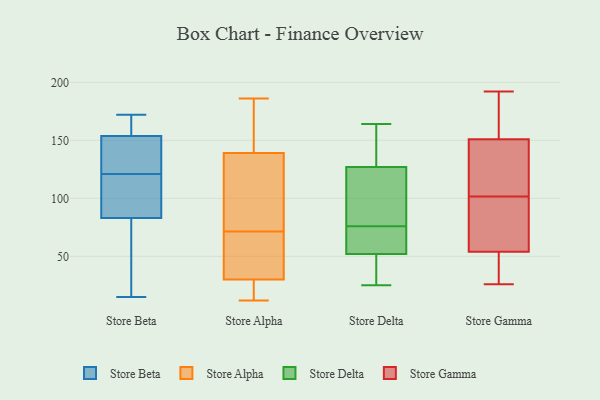
{"axis": {"x": "Operating Costs (USD K)", "y": "Value"}, "legend": ["Store Alpha", "Store Beta", "Store Delta", "Store Gamma"], "data": [{"x": "", "y": 83, "type": "Store Beta"}, {"x": "", "y": 134, "type": "Store Beta"}, {"x": "", "y": 79, "type": "Store Beta"}, {"x": "", "y": 121, "type": "Store Beta"}, {"x": "", "y": 151, "type": "Store Beta"}, {"x": "", "y": 83, "type": "Store Beta"}, {"x": "", "y": 98, "type": "Store Beta"}, {"x": "", "y": 122, "type": "Store Beta"}, {"x": "", "y": 162, "type": "Store Beta"}, {"x": "", "y": 170, "type": "Store Beta"}, {"x": "", "y": 88, "type": "Store Beta"}, {"x": "", "y": 15, "type": "Store Beta"}, {"x": "", "y": 172, "type": "Store Beta"}, {"x": "", "y": 139, "type": "Store Alpha"}, {"x": "", "y": 182, "type": "Store Alpha"}, {"x": "", "y": 127, "type": "Store Alpha"}, {"x": "", "y": 79, "type": "Store Alpha"}, {"x": "", "y": 16, "type": "Store Alpha"}, {"x": "", "y": 154, "type": "Store Alpha"}, {"x": "", "y": 12, "type": "Store Alpha"}, {"x": "", "y": 30, "type": "Store Alpha"}, {"x": "", "y": 115, "type": "Store Alpha"}, {"x": "", "y": 117, "type": "Store Alpha"}, {"x": "", "y": 147, "type": "Store Alpha"}, {"x": "", "y": 31, "type": "Store Alpha"}, {"x": "", "y": 12, "type": "Store Alpha"}, {"x": "", "y": 35, "type": "Store Alpha"}, {"x": "", "y": 186, "type": "Store Alpha"}, {"x": "", "y": 64, "type": "Store Alpha"}, {"x": "", "y": 26, "type": "Store Alpha"}, {"x": "", "y": 51, "type": "Store Alpha"}, {"x": "", "y": 107, "type": "Store Delta"}, {"x": "", "y": 52, "type": "Store Delta"}, {"x": "", "y": 127, "type": "Store Delta"}, {"x": "", "y": 61, "type": "Store Delta"}, {"x": "", "y": 65, "type": "Store Delta"}, {"x": "", "y": 25, "type": "Store Delta"}, {"x": "", "y": 87, "type": "Store Delta"}, {"x": "", "y": 133, "type": "Store Delta"}, {"x": "", "y": 36, "type": "Store Delta"}, {"x": "", "y": 164, "type": "Store Delta"}, {"x": "", "y": 41, "type": "Store Gamma"}, {"x": "", "y": 173, "type": "Store Gamma"}, {"x": "", "y": 128, "type": "Store Gamma"}, {"x": "", "y": 141, "type": "Store Gamma"}, {"x": "", "y": 151, "type": "Store Gamma"}, {"x": "", "y": 160, "type": "Store Gamma"}, {"x": "", "y": 114, "type": "Store Gamma"}, {"x": "", "y": 55, "type": "Store Gamma"}, {"x": "", "y": 47, "type": "Store Gamma"}, {"x": "", "y": 80, "type": "Store Gamma"}, {"x": "", "y": 152, "type": "Store Gamma"}, {"x": "", "y": 192, "type": "Store Gamma"}, {"x": "", "y": 54, "type": "Store Gamma"}, {"x": "", "y": 117, "type": "Store Gamma"}, {"x": "", "y": 56, "type": "Store Gamma"}, {"x": "", "y": 89, "type": "Store Gamma"}, {"x": "", "y": 26, "type": "Store Gamma"}, {"x": "", "y": 37, "type": "Store Gamma"}]}